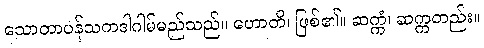
သောတာပန်သကဒါဂါမ်မည်သည်။ ဟောတိ၊ ဖြစ်၏။ ဆက္ကံ၊ ဆက္ကတည်း။